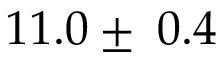
1 1 . 0 \pm \: 0 . 4